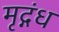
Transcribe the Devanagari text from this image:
मृद्गंध